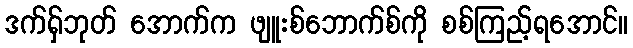
ဒက်ရှ်ဘုတ် အောက်က ဖျူးစ်ဘောက်စ်ကို စစ်ကြည့်ရအောင်။